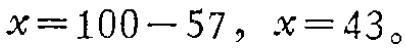
\(x = 100 - 57, \ x = 43\)